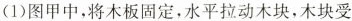
(1)图甲中，将木板固定，水平拉动木块，木块受